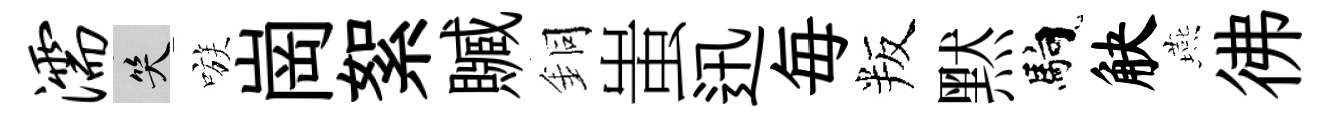
濡笑嗾崗絮贓銅蚩迅毎叛黙馿觖燕彿